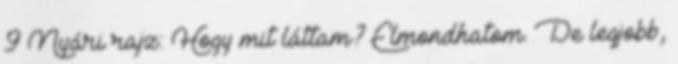
9 Nyári rajz: Hogy mit láttam? Elmondhatom. De legjobb,